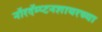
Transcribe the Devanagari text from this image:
नॉरदॅम्प्टनशायरच्या